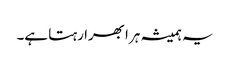
یہ ہمیشہ ہرا بھرا رہتا ہے۔